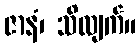
ဇာနံ၊ သိလျက်။